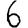
Digit: 6